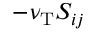
- \nu _ { \mathrm { { T } } } { \cal { S } } _ { i j }